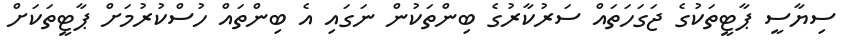
ސިޔާސީ ޕާޓީތަކުގެ ޖަގަހަތައް ސަރުކާރުގެ ބިންތަކުން ނަގައި އެ ބިންތައް ހުސްކުރުމަށް ޕާޓީތަކަށް